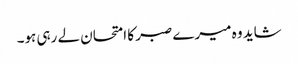
شاید وہ میرے صبر کا امتحان لے رہی ہو۔